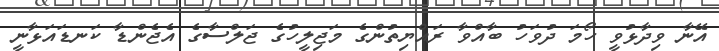
އޭނާ ވިދާޅުވީ ހޯމަ ދުވަހު ބާއްވާ ރައްޔިތުންގެ މަޖިލީހުގެ ޖަލްސާގެ އެޖެންޑާ ކަނޑައަޅާނީ